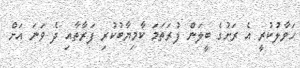
ހަވާލުކުރީ އެ ރަށުގެ ބީލަން ފުރަތަމަ ކާމިޔާބުކުރި ފަރާތާއި ދެ ވަނަ އަށް